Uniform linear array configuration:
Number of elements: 64
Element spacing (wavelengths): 0.75
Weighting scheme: blackman
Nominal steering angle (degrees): -15
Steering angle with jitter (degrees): -14.813
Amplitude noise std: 0.05
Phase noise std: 0.05

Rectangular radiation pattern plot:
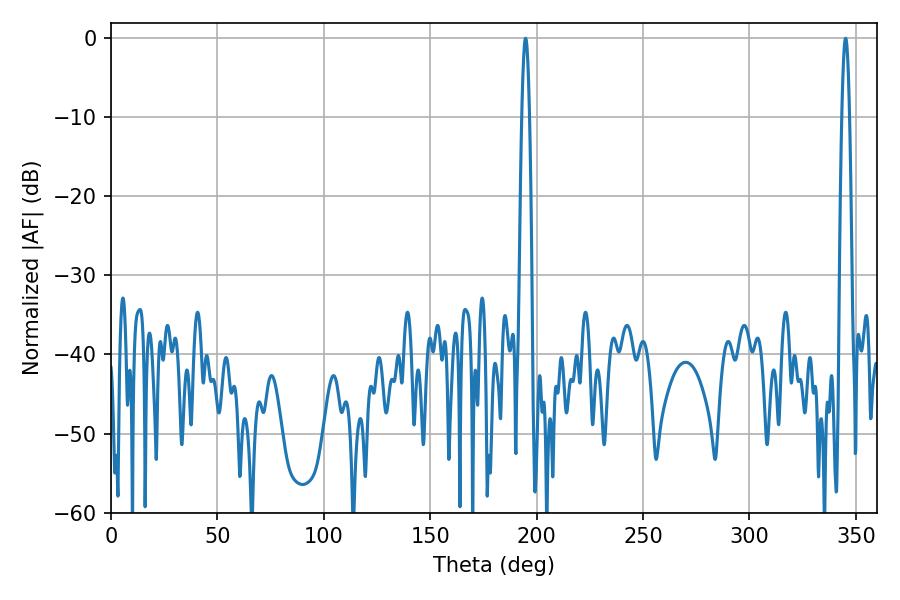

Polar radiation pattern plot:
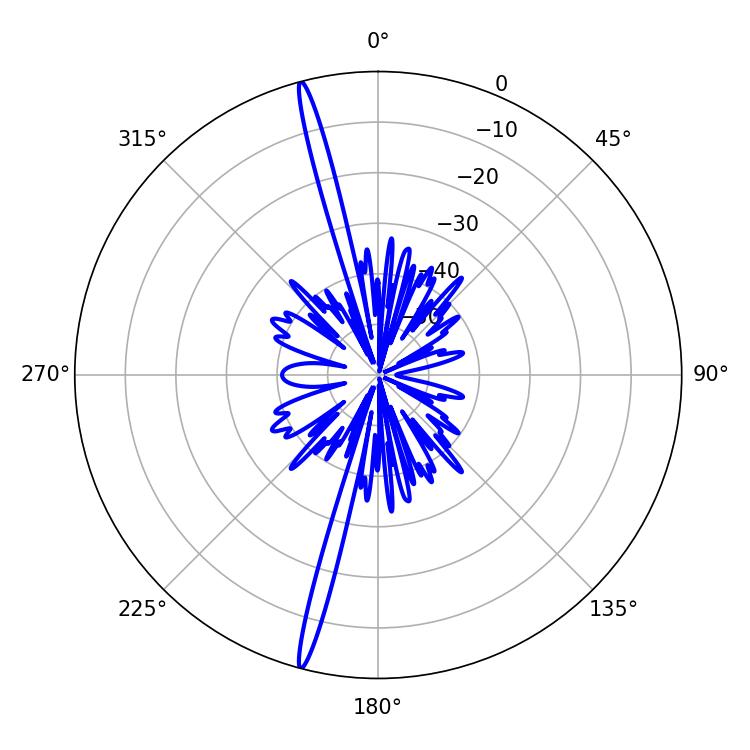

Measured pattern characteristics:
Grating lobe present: TRUE
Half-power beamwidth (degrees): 1.98
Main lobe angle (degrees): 194.76